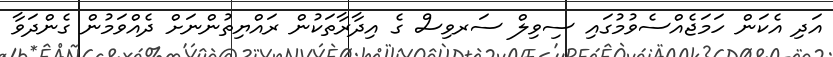
އަދި އެކަން ހަމަޖެއްސެވުމުގައި ސިވިލް ސަރވިސް ގެ އިދާރާތަކުން ރައްޔިތުންނަށް ދެއްވަމުން ގެންދަވާ